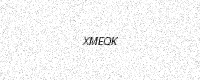
Text: XMEQK